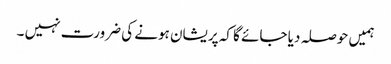
ہمیں حوصلہ دیا جائے گا کہ پریشان ہونے کی ضرورت نہیں ۔